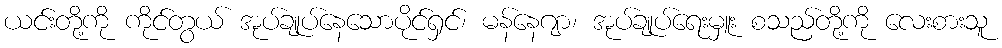
ယင်းတို့ကို ကိုင်တွယ် အုပ်ချုပ်နေသောပိုင်ရှင်၊ မန်နေဂျာ၊ အုပ်ချုပ်ရေးမှူး စသည်တို့ကို လေးစားသူ